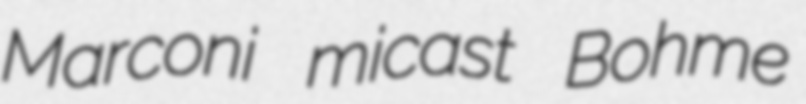
Marconi micast Bohme